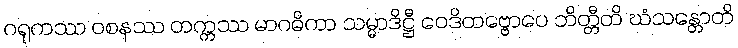
ဂရုကဿ ဝစနဿ တက္ကဿ မာဂဓိကာ သမ္မာဒိဋ္ဌီ ဝေဒိတဗ္ဗောပေ ဘိတ္တီတိ ဃံသန္တောတိ